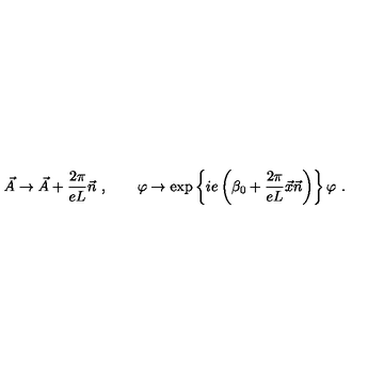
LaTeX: \vec { A } \to \vec { A } + \frac { 2 \pi } { e L } \vec { n } \ , \qquad \varphi \to \exp \left\{ i e \left( \beta _ { 0 } + \frac { 2 \pi } { e L } \vec { x } \vec { n } \right) \right\} \varphi \ .